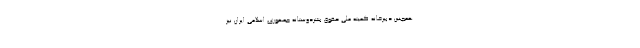
همچنین دبیرخانه کمیته ملی حقوق بشردوستانه جمهوری اسلامی ایران نیز